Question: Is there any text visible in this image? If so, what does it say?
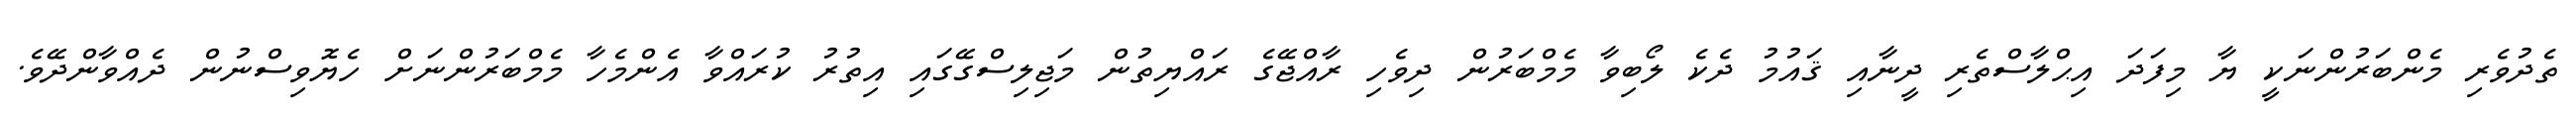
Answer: ތެދުވެރި މެންބަރުންނަކީ ޔާ މިފަދަ އިޙްލާސްތެރި ދީނާއި ޤައުމު ދެކެ ލޯބިވާ މެމްބަރުން ދިވެހި ރާއްޖޭގެ ރައްޔިތުން މަޖިލިސްގޭގައި އިތުރު ކުރައްވާ އެންމެހާ މެމްބަރުންނަށް ހެޔޮވިސްނުން ދެއްވާންދޭވެ.